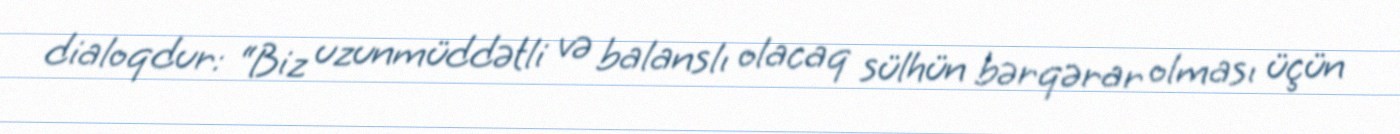
dialoqdur: “Biz uzunmüddətli və balanslı olacaq sülhün bərqərar olması üçün